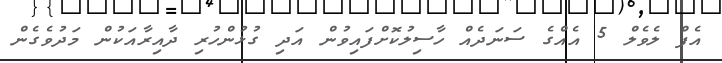
އެފް ލެވެލް 5 އެއްގެ ސަނަދެއް ހާސިލުކޮށްފައިވުން އަދި ގުޅުންހުރި ދާއިރާއަކުން މަދުވެގެން